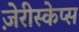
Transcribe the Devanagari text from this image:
ज़ेरीस्‍केप्‍स